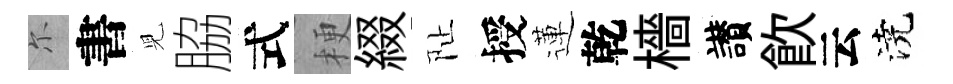
尓書児脇式梗綴阯授蓮乾檣讃飮云澆